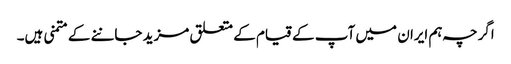
اگرچہ ہم ایران میں آپ کے قیام کے متعلق مزید جاننے کے متمنی ہیں۔